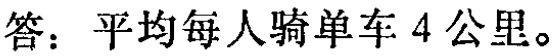
答：平均每人骑单车 4 公里。